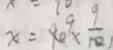
x = 9 0 \times \frac { 9 } { 1 0 }